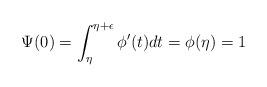
LaTeX: \begin{align*} \Psi(0) = \int_{\eta}^{\eta+\epsilon} \phi'(t) dt = \phi(\eta) =1\end{align*}